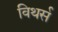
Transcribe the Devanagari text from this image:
विथर्स